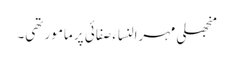
منجھلی مہرالنساء صفائی پر مامور تھی۔